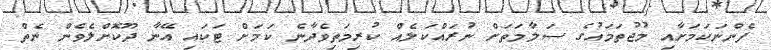
ފެންނަކަމަށާއި މުޖުތަމައުގެ ސަލާމަތަށް ނުރައްކަލެއް ކުރިމަތިވެދާނެ ކަމަށް ޓަކައި އޭނާ ދޫކޮށްލެވެން ނެތް